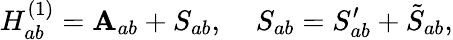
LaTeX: H_{ab}^{(1)}=\mathbf{A}_{ab}+S_{ab},\; \; \; \; S_{ab}=S_{ab}^{\prime}+\tilde{{S}}_{ab},